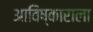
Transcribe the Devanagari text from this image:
आविष्काराला